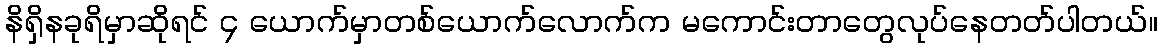
နိရှိနခုရိမှာဆိုရင် ၄ ယောက်မှာတစ်ယောက်လောက်က မကောင်းတာတွေလုပ်နေတတ်ပါတယ်။